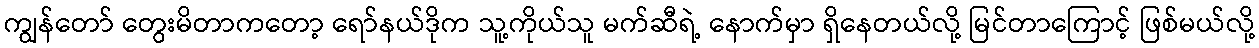
ကျွန်တော် တွေးမိတာကတော့ ရော်နယ်ဒိုက သူ့ကိုယ်သူ မက်ဆီရဲ့ နောက်မှာ ရှိနေတယ်လို့ မြင်တာကြောင့် ဖြစ်မယ်လို့